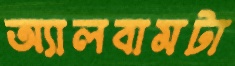
অ্যালবামটা